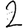
Digit: 2